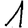
Digit: 1